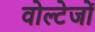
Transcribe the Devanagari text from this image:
वोल्टेजों